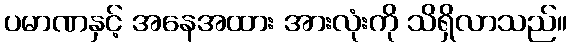
ပမာဏနှင့် အနေအထား အားလုံးကို သိရှိလာသည်။